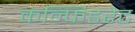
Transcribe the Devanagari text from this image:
कन्फिडरेट